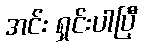
အင်း ရှင်းပါပြီ